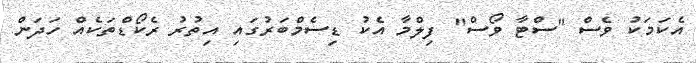
އެކަމަކު ވެސް "ސްޓާ ވޯސް" ފިލްމާ އެކު ޑިސެމްބަރުގައި އިތުރު ރެކޯޑްތަކެއް ހަދަން